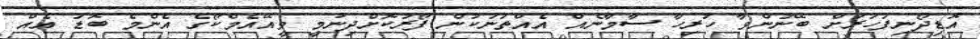
އޮޑިދޯނިފަހަރަށް ބޭނުންވާ ހުރިހާ ސާމާނެއް އެއްތަނަކުން ފޯރުކޮށްދިނުމީ ވީއޭއެމްކޯގެ އެންމެ ބޮޑު އެއް